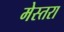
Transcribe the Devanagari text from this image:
मेस्तरा